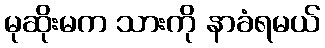
မုဆိုးမက သားကို နာခံရမယ်